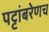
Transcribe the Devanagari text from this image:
पट्टांबरेणच